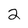
Character: 2